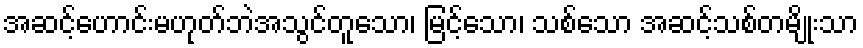
အဆင့်ဟောင်းမဟုတ်ဘဲအသွင်တူသော၊ မြင့်သော၊ သစ်သော အဆင့်သစ်တမျိုးသာ